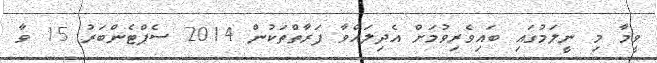
ވީމާ މި ނީލަމުގައި ބައިވެރިވުމަށް އެދިލައްވާ ފަރާތްތަކުން 2014 ސެޕްޓެންބަރު 15 ވާ